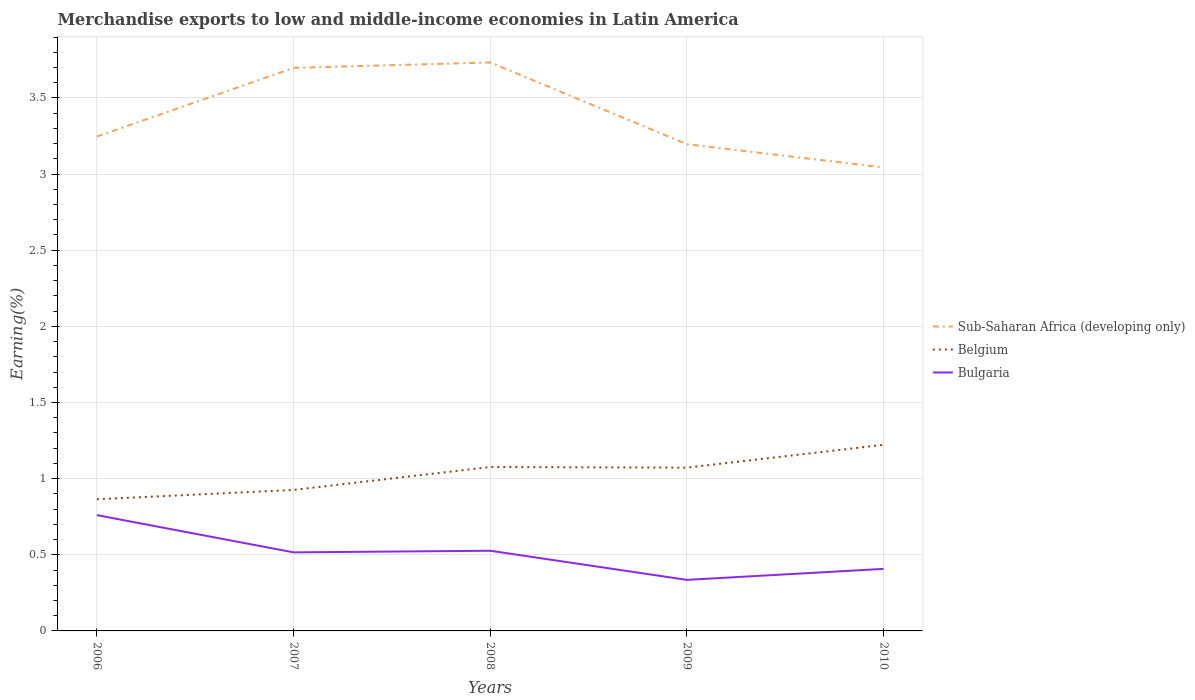
| Years | Sub-Saharan Africa (developing only) | Belgium | Bulgaria |
 | --- | --- | --- | --- |
 | 2006 | 3.25 | 0.865 | 0.76 |
 | 2007 | 3.7 | 0.926 | 0.516 |
 | 2008 | 3.73 | 1.08 | 0.527 |
 | 2009 | 3.2 | 1.07 | 0.335 |
 | 2010 | 3.04 | 1.22 | 0.407 |